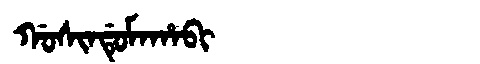
Manchu: ᡤᠣᠰᡳᠨᡩᡠᠮᠠᡥᠠᠪᡳ
Romanization: GOSINDUMAHABI